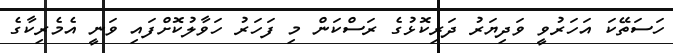
ހަސަތޭކަ އަހަރުވީ ވަދިޔަރު ދަރިކޮޅުގެ ރަސްކަން މި ފަހަރު ހަވާލުކޮށްފައި ވަނީ އެމެރިކާގެ